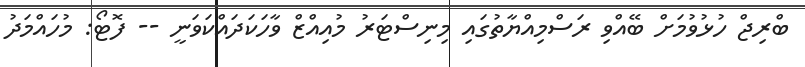
ބްރިޖް ހުޅުވުމަށް ބޭއްވި ރަސްމިއްޔާތުގައި މިނިސްޓަރު މުއިއްޒް ވާހަކަދައްކަވަނީ -- ފޮޓޯ: މުހައްމަދު